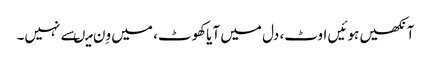
آنکھیں ہوئیں اوٹ، دل میں آیاکھوٹ، میں وِن میںسے نہیں۔